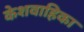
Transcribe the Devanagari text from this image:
केशवाहिका